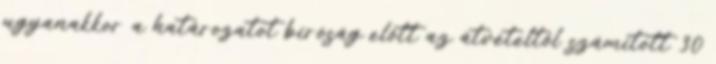
ugyanakkor a határozatot bíróság előtt az átvételtől számított 30